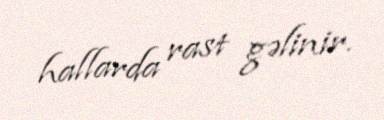
hallarda rast gəlinir.